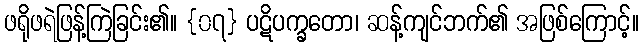
ဖရိုဖရဲဖြန့်ကြဲခြင်း၏။ {၀၇} ပဋိပက္ခတော၊ ဆန့်ကျင်ဘက်၏ အဖြစ်ကြောင့်။